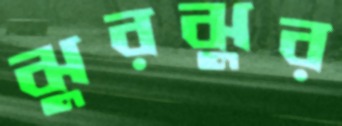
ঝুরঝুর